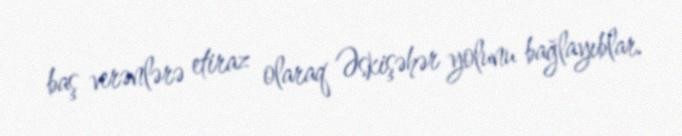
baş verənlərə etiraz olaraq Əskişəhər yolunu bağlayıblar.